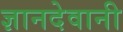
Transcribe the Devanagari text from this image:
ज्ञानदेवानी